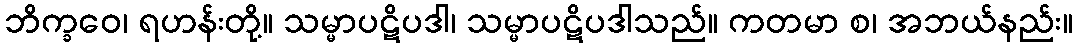
ဘိက္ခဝေ၊ ရဟန်းတို့။ သမ္မာပဋိပဒါ၊ သမ္မာပဋိပဒါသည်။ ကတမာ စ၊ အဘယ်နည်း။